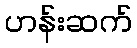
ဟန်းဆက်